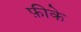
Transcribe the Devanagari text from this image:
फ़ीके